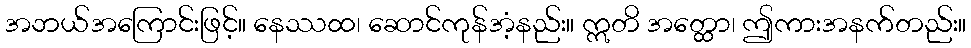
အဘယ်အကြောင်းဖြင့်။ နေဿထ၊ ဆောင်ကုန်အံ့နည်း။ ဣတိ အတ္ထော၊ ဤကားအနက်တည်း။